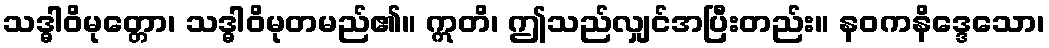
သဒ္ဓါဝိမုတ္တော၊ သဒ္ဓါဝိမုတမည်၏။ ဣတိ၊ ဤသည်လျှင်အပြီးတည်း။ နဝကနိဒ္ဒေသော၊